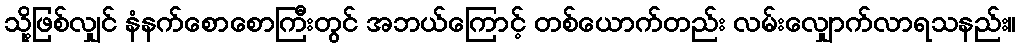
သို့ဖြစ်လျှင် နံနက်စောစောကြီးတွင် အဘယ်ကြောင့် တစ်ယောက်တည်း လမ်းလျှောက်လာရသနည်း။